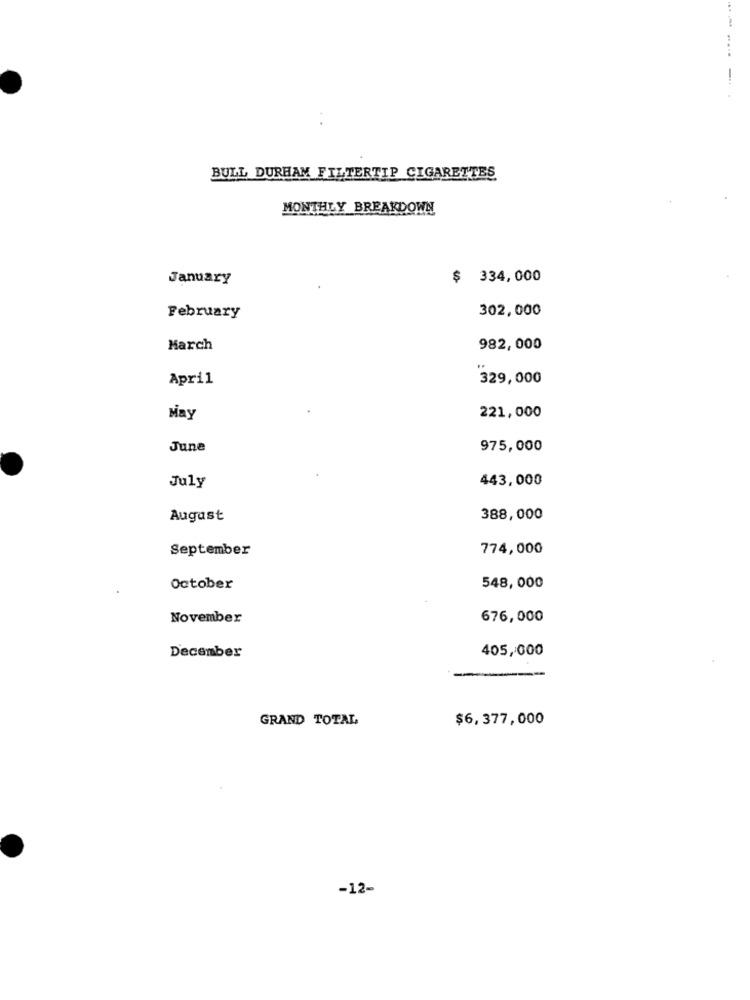
... ....
-
BULL DURHAM FILTERTIP CIGARETTES
MONTHLY BREAKDOWN
January
$ 334,000
302,000
February
March
982,000
April
329,000
May
221,000
June
975,000
443,000
July
August
388,000
September
774,000
October
548,000
November
676,000
405,000
December
GRAND TOTAL
$6,377,000
-12-